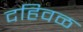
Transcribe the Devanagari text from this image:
दहिवळ